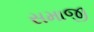
સમાજી